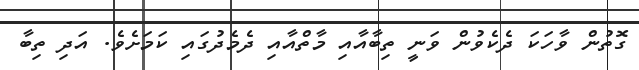
ގޮތުން ވާހަކަ ދެކެވުން ވަނީ ތިބާއާއި މާތްއާއި ދެމެދުގައި ކަމަށެވެ. އަދި ތިބާ